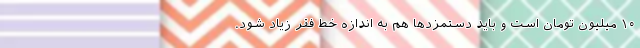
۱۰ میلیون تومان است و باید دستمزدها هم به اندازه خط فقر زیاد شود.